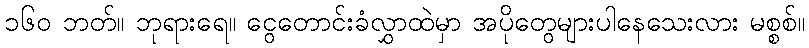
၁၆၀ ဘတ်။ ဘုရားရေ။ ငွေတောင်းခံလွှာထဲမှာ အပိုတွေများပါနေသေးလား မစ္စစ်။